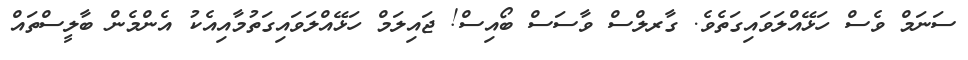
ސަނަމް ވެސް ހަޅޭއްލަވައިގަތެވެ. ގާރލްސް ވާސަސް ބޯއިސް! ޖައިލަމް ހަޅޭއްލަވައިގަތުމާއިއެކު އެންމެން ބާލީސްތައް